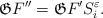
LaTeX: \begin{align*}\mathfrak{G}F''=\mathfrak{G}F'S^\varepsilon_i.\end{align*}